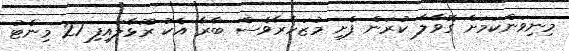
މިނިވަންކަމަށް ގޮވާލާ ކުރަން ފެށި މުޒަހާރާވެސް ބާރާ އެކު ރޫޅާލައިފި 21 މިނެޓު